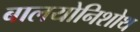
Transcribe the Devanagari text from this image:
बालयोनिशोथ